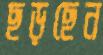
ছড়ছেন